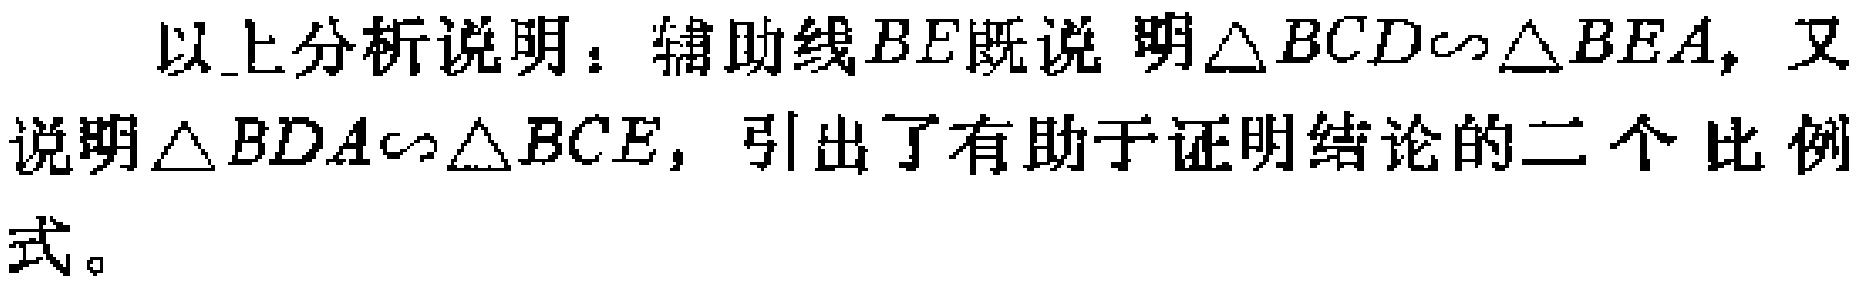
以上分析说明：辅助线\(BE\)既说明\(\triangle BCD\sim\triangle BEA\)，又说明\(\triangle BDA\sim\triangle BCE\)，引出了有助于证明结论的二个比例式。